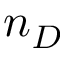
n _ { D }